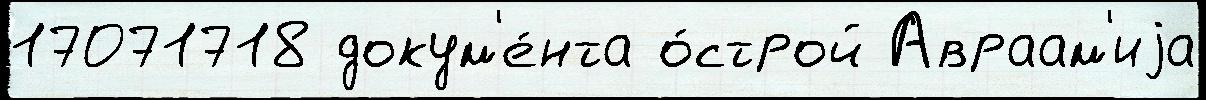
17071718 докум'е́нта о́строй Авраам'иjа